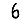
Digit: 6